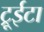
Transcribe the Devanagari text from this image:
ट्रूईटा